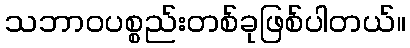
သဘာဝပစ္စည်းတစ်ခုဖြစ်ပါတယ်။